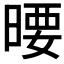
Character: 𣉋